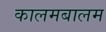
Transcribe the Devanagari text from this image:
कालमबालम